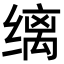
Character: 缡